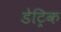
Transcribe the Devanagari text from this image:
डेट्रिक